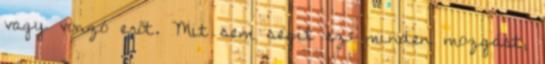
vagy vonzó erőt. Mit sem segít ez: minden mozgást,